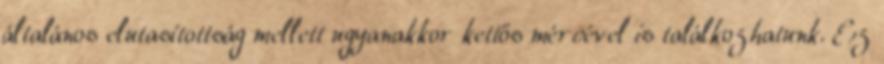
általános elutasítottság mellett ugyanakkor kettős mércével is találkozhatunk. Ez